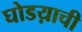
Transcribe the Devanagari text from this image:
घोडय़ाची